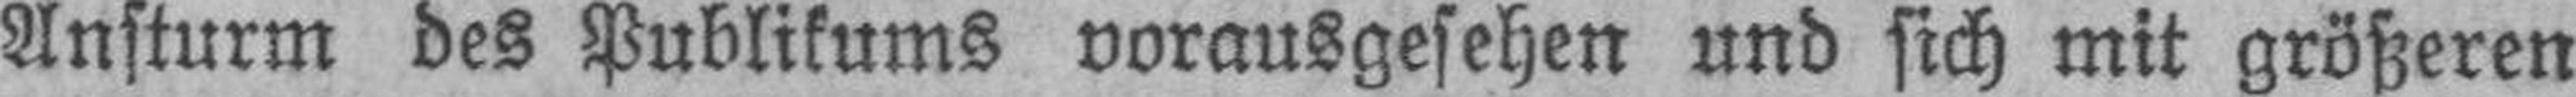
Ansturm des Publikums vorausgesehen und sich mit größeren